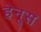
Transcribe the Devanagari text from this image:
हेनूस